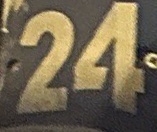
24